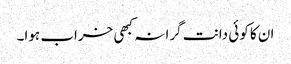
ان کا کوئی دانت گرا نہ کبھی خراب ہوا۔